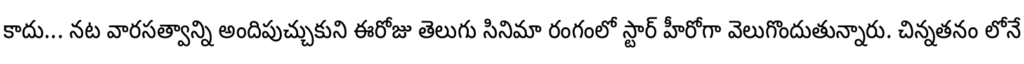
కాదు... నట వారసత్వాన్ని అందిపుచ్చుకుని ఈరోజు తెలుగు సినిమా రంగంలో స్టార్ హీరోగా వెలుగొందుతున్నారు. చిన్నతనం లోనే